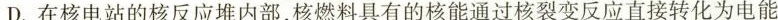
D. 在核电站的核反应堆内部，核燃料具有的核能通过核裂变反应直接转化为电能